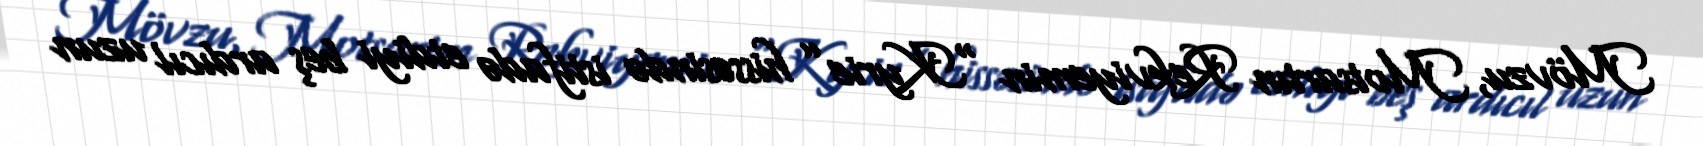
Mövzu, Motsartın Rekviyemin “Kyrie” hissəsində istifadə etdiyi beş ardıcıl uzun